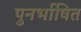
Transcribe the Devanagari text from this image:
पुनर्भाषित